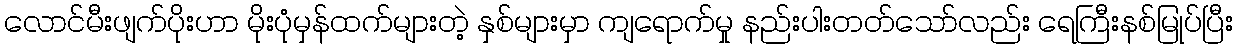
လောင်မီးဖျက်ပိုးဟာ မိုးပုံမှန်ထက်များတဲ့ နှစ်များမှာ ကျရောက်မှု နည်းပါးတတ်သော်လည်း ရေကြီးနစ်မြုပ်ပြီး